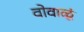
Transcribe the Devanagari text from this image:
वोवाळूं